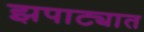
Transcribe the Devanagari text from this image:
झपाट्यात